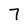
Character: 7